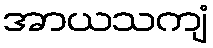
အာယသကျံ